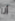
أنا